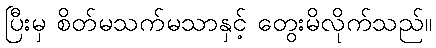
ပြီးမှ စိတ်မသက်မသာနှင့် တွေးမိလိုက်သည်။